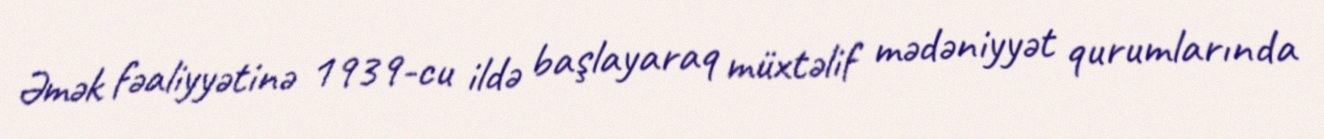
Əmək fəaliyyətinə 1939-cu ildə başlayaraq müxtəlif mədəniyyət qurumlarında